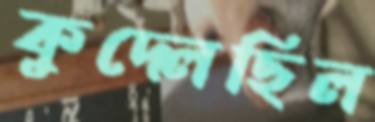
কুদ্‌লেছিল